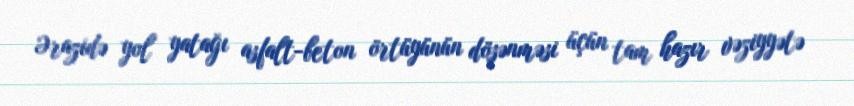
Ərazidə yol yatağı asfalt-beton örtüyünün döşənməsi üçün tam hazır vəziyyətə